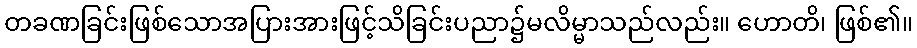
တခဏခြင်းဖြစ်သောအပြားအားဖြင့်သိခြင်းပညာ၌မလိမ္မာသည်လည်း။ ဟောတိ၊ ဖြစ်၏။